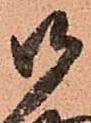
御